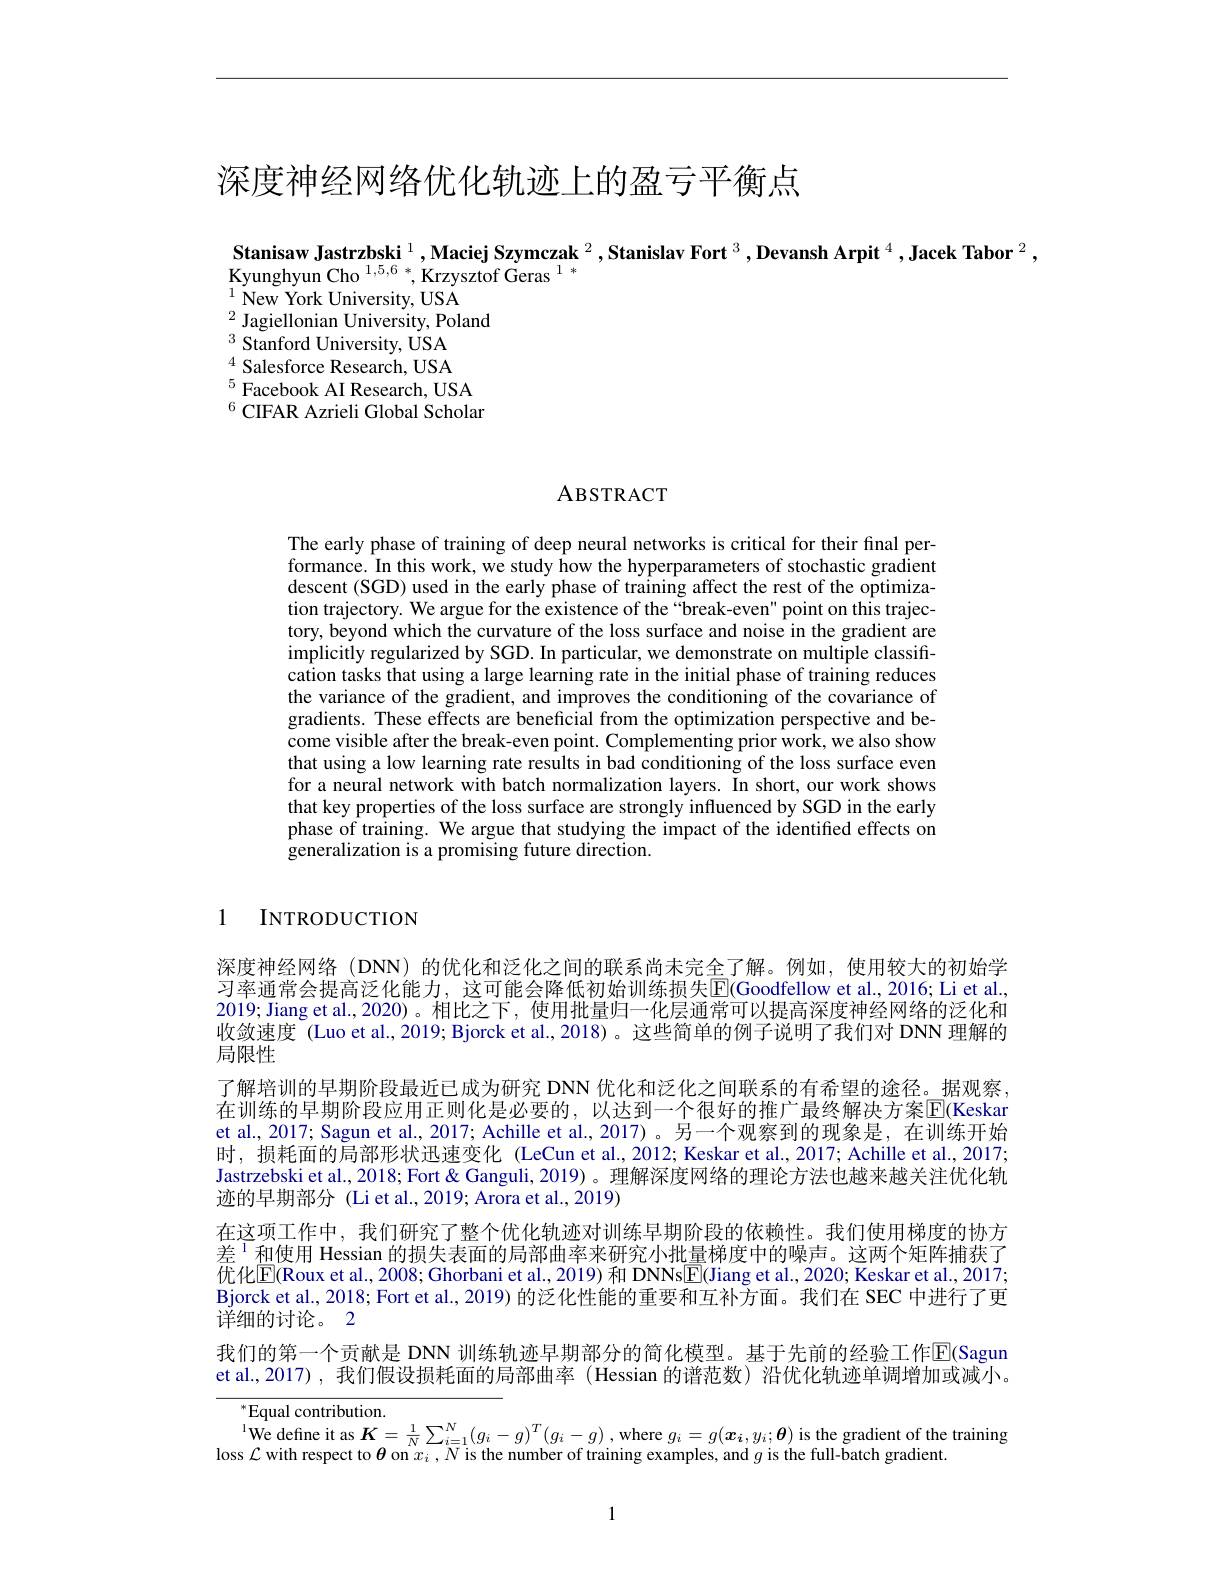
# 深度神经网络优化轨迹上的盈亏平衡点

Stanisaw Jastrzbski $^1,\textbf{Maciej Szymczak }^2,\textbf{Stanislav Fort }^3,\textbf{Devansh Arpit }^4,\textbf{Jacek Tabor }^2$,
Kyunghyun Cho $^{1,5,6*},\text{Krzysztof Geras }^{1*}$
$^{1}$ New York University, USA
$^{2}$ Jagiellonian University, Poland
$^{3}$ Stanford University, USA $^{4}$ Salesforce Research, USA $^{5}$Facebook AI Research, USA $^{6}$ CIFAR Azrieli Global Scholar

ABSTRACT

The early phase of training of deep neural networks is critical for their final performance. In this work, we study how the hyperparameters of stochastic gradient descent (SGD) used in the early phase of training affect the rest of the optimization trajectory. We argue for the existence of the“break-even" point on this trajectory, beyond which the curvature of the loss surface and noise in the gradient are implicitly regularized by SGD. In particular, we demonstrate on multiple classification tasks that using a large learning rate in the initial phase of training reduces the variance of the gradient, and improves the conditioning of the covariance of gradients. These effects are beneficial from the optimization perspective and become visible after the break-even point. Complementing prior work, we also show that using a low learning rate results in bad conditioning of the loss surface even for a neural network with batch normalization layers. In short, our work shows that key properties of the loss surface are strongly influenced by SGD in the early phase of training. We argue that studying the impact of the identiffed effects on generalization is a promising future direction.

1 INTRODUCTION

深度神经网络 (DNN) 的优化和泛化之间的联系尚未完全了解。例如，使用较大的初始学习率通常会提高泛化能力，这可能会降低初始训练损失$\boxed{\mathrm{F} }($Goodfellow et al. , 2016; Li et al. 2019; Jiang et al., 2020)。相比之下，使用批量归一化层通常可以提高深度神经网络的泛化和收敛速度 (Luo et al., 2019; Bjorck et al., 2018)。这些简单的例子说明了我们对 DNN 理解的局限性
了解培训的早期阶段最近已成为研究 DNN 优化和泛化之间联系的有希望的途径。据观察， 在训练的早期阶段应用正则化是必要的，以达到一个很好的推广最终解决方案$\overline{\mathbb{E}}$(Keskar et al., 2017; Sagun et al., 2017; Achille et al., 2017)。另一个观察到的现象是，在训练开始时，损耗面的局部形状迅速变化 (LeCun et al.,2012; Keskar et al.,2017; Achille et al.,2017; Jastrzebski et al., 2018; Fort & Ganguli, 2019)。理解深度网络的理论方法也越来越关注优化轨迹的早期部分 (Li et al., 2019; Arora et al., 2019)
在这项工作中，我们研究了整个优化轨迹对训练早期阶段的依赖性。我们使用梯度的协方差$^{1}$和使用 Hessian 的损失表面的局部曲率来研究小批量梯度中的噪声。这两个矩阵捕获了优化$\boxed{\mathrm{E}}($Roux et al., 2008; Ghorbani et al., 2019) 和 DNNs$\boxed{\mathrm{E}}($Jiang et al., 2020; Keskar et al., 2017; Bjorck et al., 2018; Fort et al., 2019) 的泛化性能的重要和互补方面。我们在 SEC 中进行了更详细的讨论。2
我们的第一个贡献是 DNN 训练轨迹早期部分的简化模型。基于先前的经验工作E(Sagun et al., 2017), 我们假设损耗面的局部曲率 (Hessian 的谱范数) 沿优化轨迹单调增加或减小。

$^{*}$Equal contribution.
Lquur conurouton.  We define it as $K= \frac 1N\sum _{i= 1}^{N}( g_{i}- g) ^{T}( g_{i}- g)$ ,  where $g_{i}= g( \boldsymbol{x}_{i}, y_{i}; \boldsymbol{\theta })$ is the gradient of the training s Cwith respect to $\theta$ on $x_{i}$ N is the number of training evamples and $a$ is the full- bat
loss $\mathcal{L}$ with respect to $\theta$ on $x_i,N$ is the number of training examples, and $g$ is the full-batch gradient

1